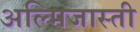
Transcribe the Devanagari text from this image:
अल्मिजास्ती